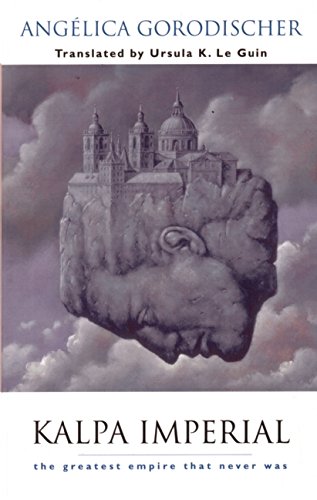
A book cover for Kalpa Imperial: The Greatest Empire That Never Was; AngÃ©lica Gorodischer; Literature & Fiction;